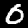
Digit: 0